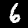
Digit: 6